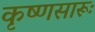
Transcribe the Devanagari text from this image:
कृष्‍णसारूः